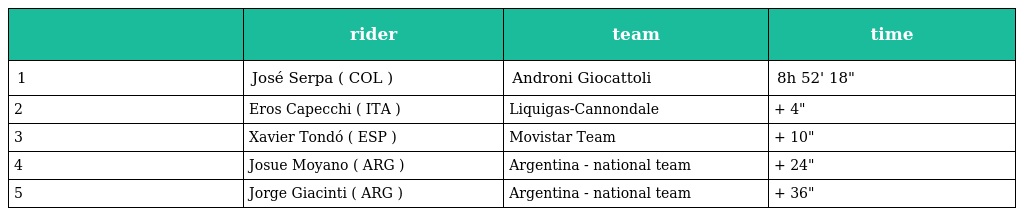
|  | rider | team | time |
 | --- | --- | --- | --- |
 | 1 | José Serpa ( COL ) | Androni Giocattoli | 8h 52' 18" |
 | 2 | Eros Capecchi ( ITA ) | Liquigas-Cannondale | + 4" |
 | 3 | Xavier Tondó ( ESP ) | Movistar Team | + 10" |
 | 4 | Josue Moyano ( ARG ) | Argentina - national team | + 24" |
 | 5 | Jorge Giacinti ( ARG ) | Argentina - national team | + 36" |